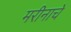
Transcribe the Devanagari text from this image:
मरीनाचे